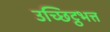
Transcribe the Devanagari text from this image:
उच्छिट्ठभत्त